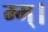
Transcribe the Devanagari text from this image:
म्म्।